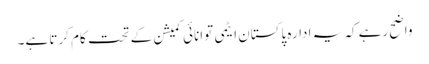
واضح رہے کہ یہ ادارہ پاکستان ایٹمی توانائی کمیشن کے تحت کام کرتا ہے۔